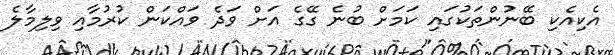
އެކިއެކި ބޭނުންތަކުގައި ކަމަށް ބުނެ ގޭގެ އަށް ވަދެ ވައްކަން ކުުރުމާއި ވިލިމާލެ